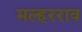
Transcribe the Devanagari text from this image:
मल्हरराव